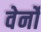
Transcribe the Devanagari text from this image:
वेर्नों